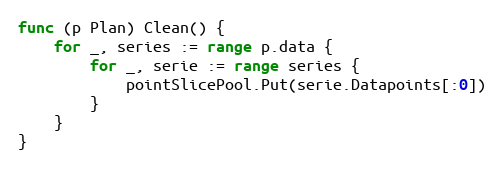
Language: Go
func (p Plan) Clean() {
	for _, series := range p.data {
		for _, serie := range series {
			pointSlicePool.Put(serie.Datapoints[:0])
		}
	}
}